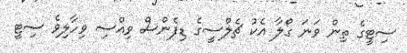
ސިޓީގެ ތިން ވަނަ ގޯލާ އެކު ޗެލްސީގެ ޑިފެންސް ވިއްސި ވިހާލިވެ ސިޓީ